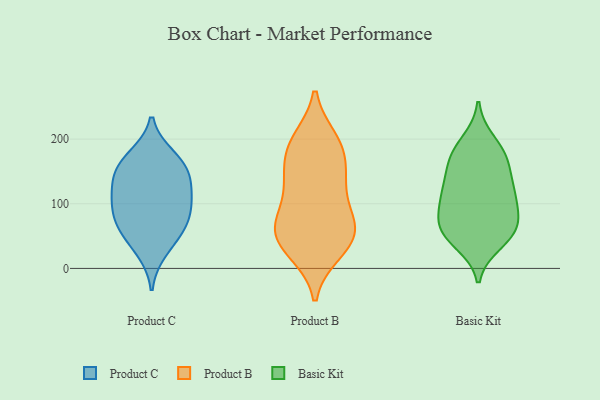
{"axis": {"x": "Population (Million)", "y": "Value"}, "legend": ["Basic Kit", "Product B", "Product C"], "data": [{"x": "", "y": 173, "type": "Product C"}, {"x": "", "y": 167, "type": "Product C"}, {"x": "", "y": 142, "type": "Product C"}, {"x": "", "y": 55, "type": "Product C"}, {"x": "", "y": 65, "type": "Product C"}, {"x": "", "y": 102, "type": "Product C"}, {"x": "", "y": 104, "type": "Product C"}, {"x": "", "y": 27, "type": "Product C"}, {"x": "", "y": 98, "type": "Product C"}, {"x": "", "y": 133, "type": "Product C"}, {"x": "", "y": 70, "type": "Product C"}, {"x": "", "y": 150, "type": "Product C"}, {"x": "", "y": 61, "type": "Product B"}, {"x": "", "y": 198, "type": "Product B"}, {"x": "", "y": 71, "type": "Product B"}, {"x": "", "y": 199, "type": "Product B"}, {"x": "", "y": 187, "type": "Product B"}, {"x": "", "y": 71, "type": "Product B"}, {"x": "", "y": 127, "type": "Product B"}, {"x": "", "y": 183, "type": "Product B"}, {"x": "", "y": 39, "type": "Product B"}, {"x": "", "y": 152, "type": "Product B"}, {"x": "", "y": 136, "type": "Product B"}, {"x": "", "y": 27, "type": "Product B"}, {"x": "", "y": 86, "type": "Product B"}, {"x": "", "y": 48, "type": "Product B"}, {"x": "", "y": 136, "type": "Product B"}, {"x": "", "y": 25, "type": "Product B"}, {"x": "", "y": 62, "type": "Product B"}, {"x": "", "y": 119, "type": "Basic Kit"}, {"x": "", "y": 53, "type": "Basic Kit"}, {"x": "", "y": 62, "type": "Basic Kit"}, {"x": "", "y": 196, "type": "Basic Kit"}, {"x": "", "y": 64, "type": "Basic Kit"}, {"x": "", "y": 149, "type": "Basic Kit"}, {"x": "", "y": 175, "type": "Basic Kit"}, {"x": "", "y": 90, "type": "Basic Kit"}, {"x": "", "y": 73, "type": "Basic Kit"}, {"x": "", "y": 114, "type": "Basic Kit"}, {"x": "", "y": 168, "type": "Basic Kit"}, {"x": "", "y": 175, "type": "Basic Kit"}, {"x": "", "y": 121, "type": "Basic Kit"}, {"x": "", "y": 54, "type": "Basic Kit"}, {"x": "", "y": 112, "type": "Basic Kit"}, {"x": "", "y": 40, "type": "Basic Kit"}]}